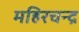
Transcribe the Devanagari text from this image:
महिरचन्द्र